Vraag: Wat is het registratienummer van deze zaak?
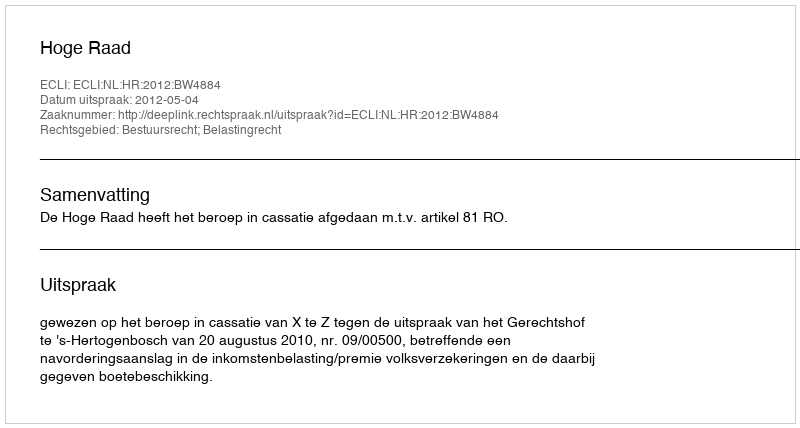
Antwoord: http://deeplink.rechtspraak.nl/uitspraak?id=ECLI:NL:HR:2012:BW4884